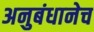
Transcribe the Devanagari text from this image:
अनुबंधानेच